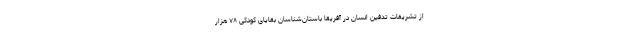
از تشریفات تدفین انسان در آفریقا باستان‌شناسان بقایای کودکی ۷۸ هزار